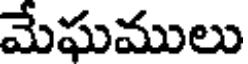
మేఘములు